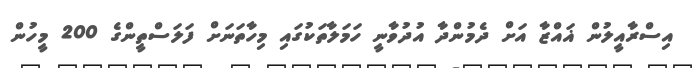
އިސްރާއީލުން ޣައްޒާ އަށް ދެމުންދާ އުދުވާނީ ހަމަލާތަކުގައި މިހާތަނަށް ފަލަސްތީންގެ 200 މީހުން